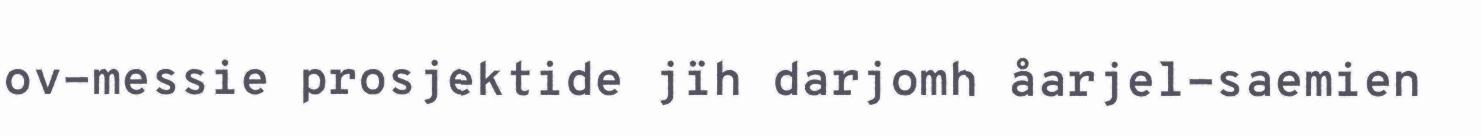
ov-messie prosjektide jïh darjomh åarjel-saemien